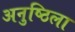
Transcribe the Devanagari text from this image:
अनुष्ठिला